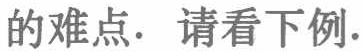
的难点. 请看下例.